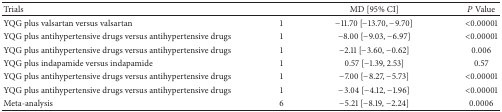
<table><thead><tr><td><b>Trials</b></td><td><b> </b></td><td><b>MD [95% CI]</b></td><td><b><i>P</i> Value</b></td></tr></thead><tbody><tr><td>YQG plus valsartan versus valsartan</td><td>1</td><td>−11.70 [−13.70, −9.70]</td><td>&lt;0.00001</td></tr><tr><td>YQG plus antihypertensive drugs versus antihypertensive drugs</td><td>1</td><td>−8.00 [−9.03, −6.97]</td><td>&lt;0.00001</td></tr><tr><td>YQG plus antihypertensive drugs versus antihypertensive drugs</td><td>1</td><td>−2.11 [−3.60, −0.62]</td><td>0.006</td></tr><tr><td>YQG plus indapamide versus indapamide</td><td>1</td><td>0.57 [−1.39, 2.53]</td><td>0.57</td></tr><tr><td>YQG plus antihypertensive drugs versus antihypertensive drugs</td><td>1</td><td>−7.00 [−8.27, −5.73]</td><td>&lt;0.00001</td></tr><tr><td>YQG plus antihypertensive drugs versus antihypertensive drugs</td><td>1</td><td>−3.04 [−4.12, −1.96]</td><td>&lt;0.00001</td></tr><tr><td>Meta-analysis</td><td>6</td><td>−5.21 [−8.19, −2.24]</td><td>0.0006</td></tr></tbody></table>